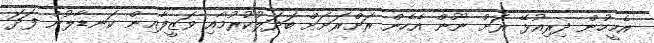
އެމީހުން ދިރިއުޅޭ ރަށް ނޫން އެހެން ރަށްރަށަށް ބަދަލުކުރުމާއި ވަޒީފާއިން ކަނޑާލުން ފަދަ